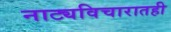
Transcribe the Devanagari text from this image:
नाट्यविचारातही